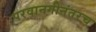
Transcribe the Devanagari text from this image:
परवानगीनंतरच